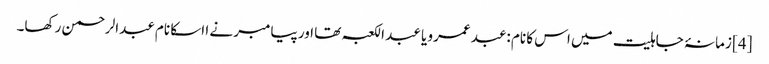
[4] زمانۂ جاہلیت میں اس کا نام :عبد عمرو یا عبد الکعبہ تھا اور پیامبر نے ا اسکا نام عبدالرحمن رکھا۔